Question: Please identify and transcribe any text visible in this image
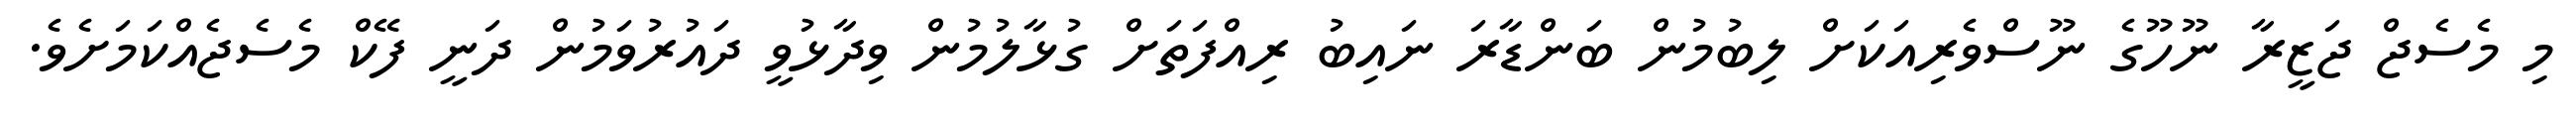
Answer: މި މެސެޖް ޖަޒީރާ ނޫހޫގެ ނޫސްވެރިއަކަށް ލިބުމުން ބަންޑާރަ ނައިބު ރިއްފަތަށް ގުޅާލުމުން ވިދާޅުވީ ދައުރުވަމުން ދަނީ ފޭކް މެސެޖެއްކަމަށެވެ.